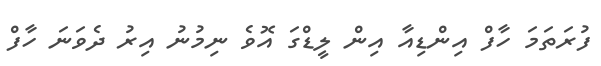
ފުރަތަމަ ހާފް އިންޑިއާ އިން ލީޑްގަ އޮވެ ނިމުނު އިރު ދެވަނަ ހާފް